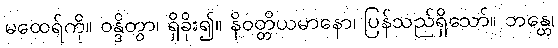
မထေရ်ကို။ ဝန္ဒိတွာ၊ ရှိခိုး၍။ နိဝတ္တိယမာနော၊ ပြန်သည်ရှိသော်။ ဘန္တေ၊